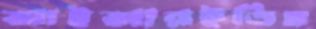
আইআরইডিএ